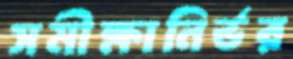
সমীক্ষানির্ভর